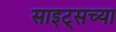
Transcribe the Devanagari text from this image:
साइट्‌सच्या